Indian journal of veterinary science and animal husbandry - Volume 2,
Year: 1932
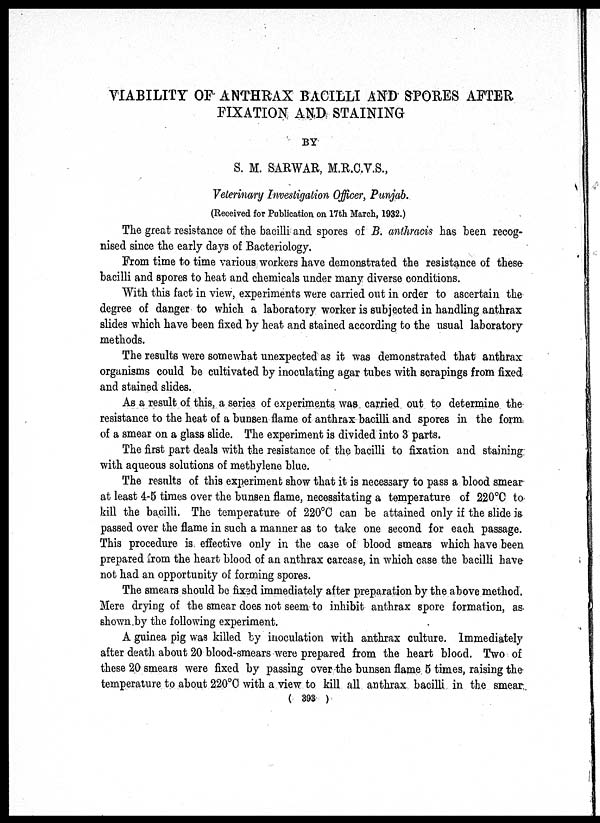
VIABILITY OF ANTHRAX BACILLI AND SPORES AFTER
FIXATION AND STAINING
BY
S. M. SARWAR, M.R.C.V.S.,
Veterinary Investigation Officer, Punjab.
(Received for Publication on 17th March, 1932.)
The great resistance of the bacilli and spores of B. anthracis has been recog-
nised since the early days of Bacteriology.
From time to time various workers have demonstrated the resistance of these
bacilli and spores to heat and chemicals under many diverse conditions.
With this fact in view, experiments were carried out in order to ascertain the
degree of danger to which a laboratory worker is subjected in handling anthrax
slides which have been fixed by heat and stained according to the usual laboratory
methods.
The results were somewhat unexpected as it was demonstrated that anthrax
organisms could be cultivated by inoculating agar tubes with scrapings from fixed
and stained slides.
As a result of this, a series of experiments was carried out to determine the
resistance to the heat of a bunsen flame of anthrax bacilli and spores in the form
of a smear on a glass slide. The experiment is divided into 3 parts.
The first part deals with the resistance of the bacilli to fixation and staining
with aqueous solutions of methylene blue.
The results of this experiment show that it is necessary to pass a blood smear
at least 4-5 times over the bunsen flame, necessitating a temperature of 220°C to
kill the bacilli. The temperature of 220°C can be attained only if the slide is
passed over the flame in such a manner as to take one second for each passage.
This procedure is effective only in the case of blood smears which have been
prepared from the heart blood of an anthrax carcase, in which case the bacilli have
not had an opportunity of forming spores.
The smears should be fixed immediately after preparation by the above method.
Mere drying of the smear does not seem to inhibit anthrax spore formation, as
shown by the following experiment.
A guinea pig was killed by inoculation with anthrax culture. Immediately
after death about 20 blood-smears were prepared from the heart blood. Two of
these 20 smears were fixed by passing over the bunsen flame 5 times, raising the
temperature to about 220°C with a view to kill all anthrax bacilli in the smear
( 393 )